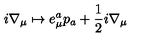
i \nabla _ { \mu } \mapsto e _ { \mu } ^ { a } p _ { a } + \frac { 1 } { 2 } i \nabla _ { \mu }